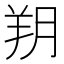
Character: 𦍤